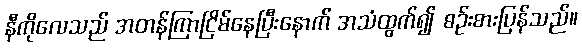
နီကိုလေသည် အတန်ကြာငြိမ်နေပြီးနောက် အသံထွက်၍ စဉ်းစားပြန်သည်။